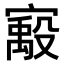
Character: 𫴈